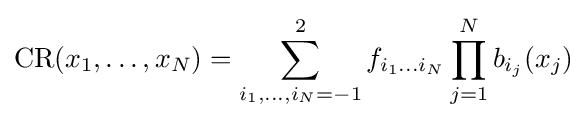
\mathrm {CR} (x_{1},\dots ,x_{N})=\sum _{i_{1},\dots ,i_{N}=-1}^{2}f_{i_{1}\dots i_{N}}\prod _{j=1}^{N}b_{i_{j}}(x_{j})